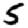
Digit: 5